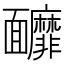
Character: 𩉚